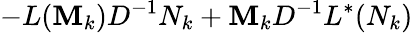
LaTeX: -L(\mathbf{M}_{k})D^{-1}N_{k}+\mathbf{M}_{k}D^{-1}L^{\ast}(N_{k})